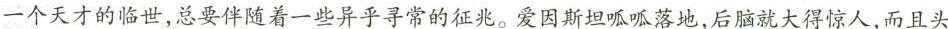
一个天才的临世，总要伴随着一些异乎寻常的征兆。爱因斯坦呱呱落地，后脑就大得惊人，而且头